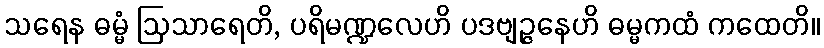
သရေန ဓမ္မံ ဩသာရေတိ, ပရိမဏ္ဍလေဟိ ပဒဗျဉ္ဇနေဟိ ဓမ္မကထံ ကထေတိ။